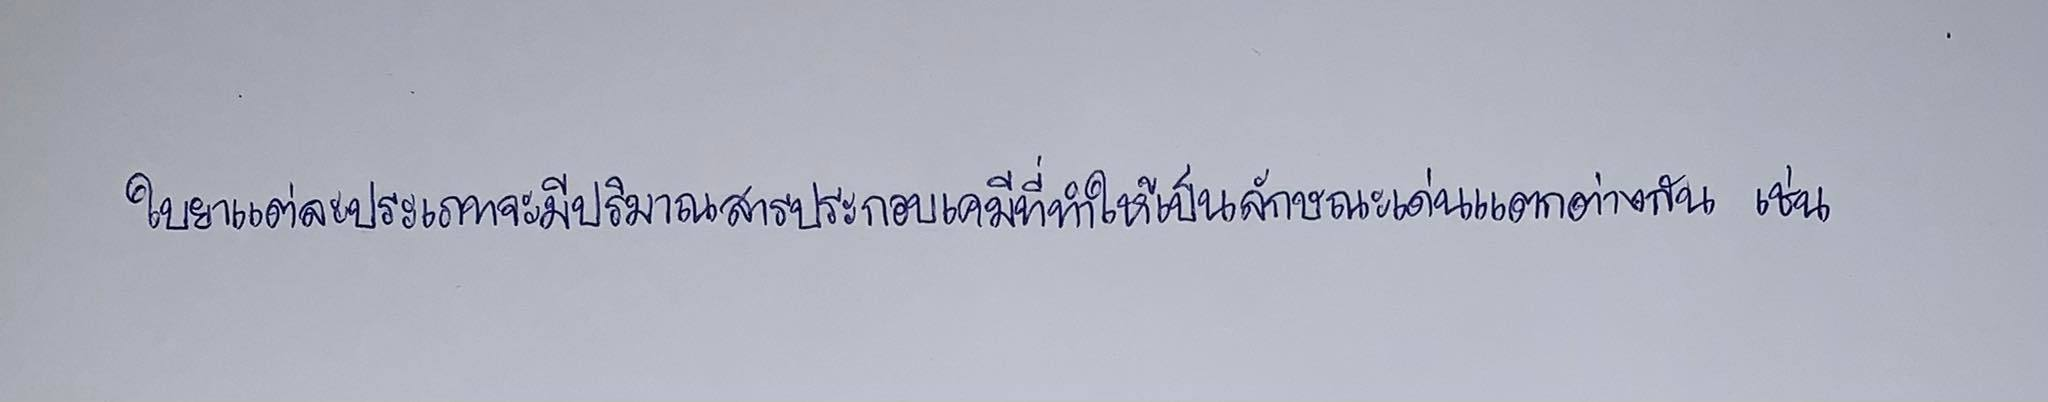
ใบยาแต่ละประเภทจะมีปริมาณสารประกอบเคมีที่ทำให้เป็นลักษณะเด่นแตกต่างกันเช่น